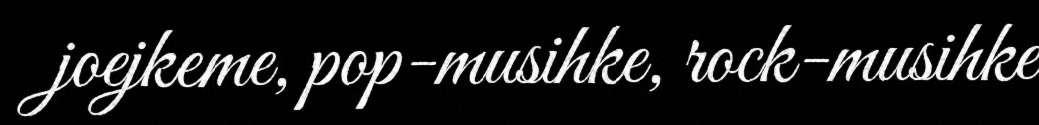
joejkeme, pop-musihke, rock-musihke